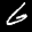
Label: 6